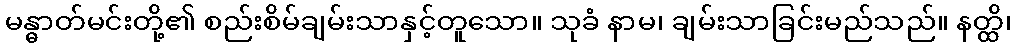
မန္ဓာတ်မင်းတို့၏ စည်းစိမ်ချမ်းသာနှင့်တူသော။ သုခံ နာမ၊ ချမ်းသာခြင်းမည်သည်။ နတ္ထိ၊